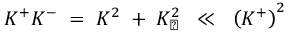
K ^ { + } K ^ { - } \; = \; K ^ { 2 } \; + \; K _ { \perp } ^ { 2 } \; \; \ll \; \; \left( K ^ { + } \right) ^ { 2 }